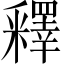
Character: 釋